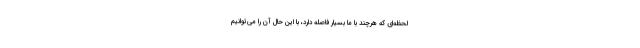
لحظه‌ای که هرچند با ما بسیار فاصله دارد، با این حال آن را می‌توانیم